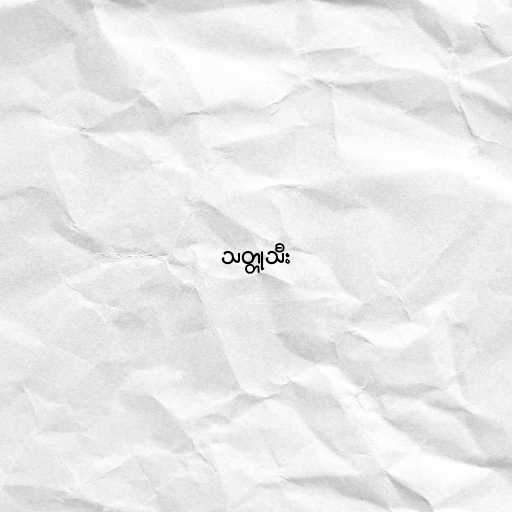
သတ္တုသီး